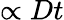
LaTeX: \propto Dt